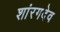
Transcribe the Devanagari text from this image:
शांरगदेव